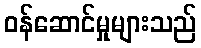
ဝန်ဆောင်မှုများသည်